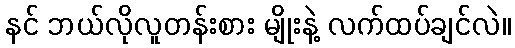
နင် ဘယ်လိုလူတန်းစား မျိုးနဲ့ လက်ထပ်ချင်လဲ။